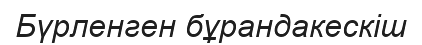
Бүрленген бұрандакескіш